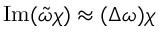
\operatorname { I m } ( \tilde { \omega } \chi ) \approx ( \Delta \omega ) \chi